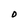
Character: O